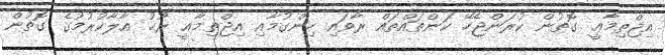
އިޖްތިމާޢީ ގޮތުން ކުރަންޖެހޭ ކަންތައްތައް ރާވައި ހިންގުމާއި އިޖްތިމާޢީ ރޫޙު އާލާކުރުމުގެ ގޮތުން